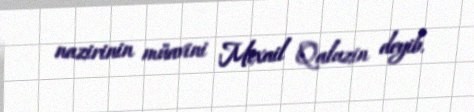
nazirinin müavini Mixail Qaluzin deyib.